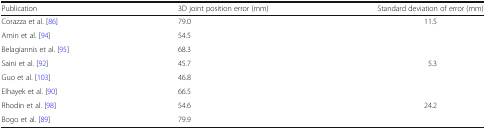
<table><thead><tr><td><b>Publication</b></td><td><b>3D joint position error (mm)</b></td><td><b>Standard deviation of error (mm)</b></td></tr></thead><tbody><tr><td>Corazza et al. [86]</td><td>79.0</td><td>11.5</td></tr><tr><td>Amin et al. [94]</td><td>54.5</td><td></td></tr><tr><td>Belagiannis et al. [95]</td><td>68.3</td><td></td></tr><tr><td>Saini et al. [92]</td><td>45.7</td><td>5.3</td></tr><tr><td>Guo et al. [103]</td><td>46.8</td><td></td></tr><tr><td>Elhayek et al. [90]</td><td>66.5</td><td></td></tr><tr><td>Rhodin et al. [98]</td><td>54.6</td><td>24.2</td></tr><tr><td>Bogo et al. [89]</td><td>79.9</td><td></td></tr></tbody></table>